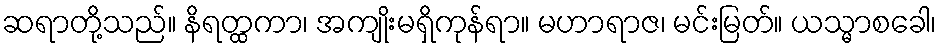
ဆရာတို့သည်။ နိရတ္ထကာ၊ အကျိုးမရှိကုန်ရာ။ မဟာရာဇ၊ မင်းမြတ်။ ယသ္မာစခေါ၊